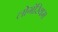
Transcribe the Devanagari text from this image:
लोगॅरिथम